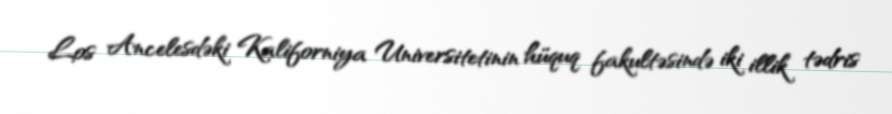
Los Ancelesdəki Kaliforniya Universitetinin hüquq fakultəsində iki illik tədris